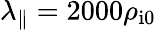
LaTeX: \lambda_{\parallel}=2000\rho_{\mathrm{i}0}